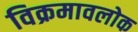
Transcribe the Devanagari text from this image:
विक्रमावलोक